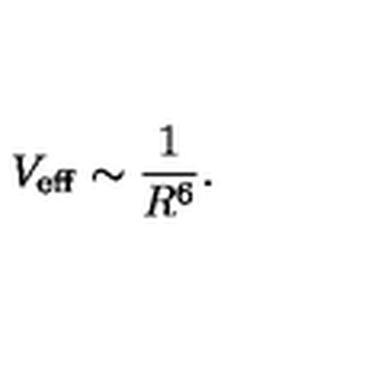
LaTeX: V _ { \mathrm { e f f } } \sim { \frac { 1 } { R ^ { 6 } } } .